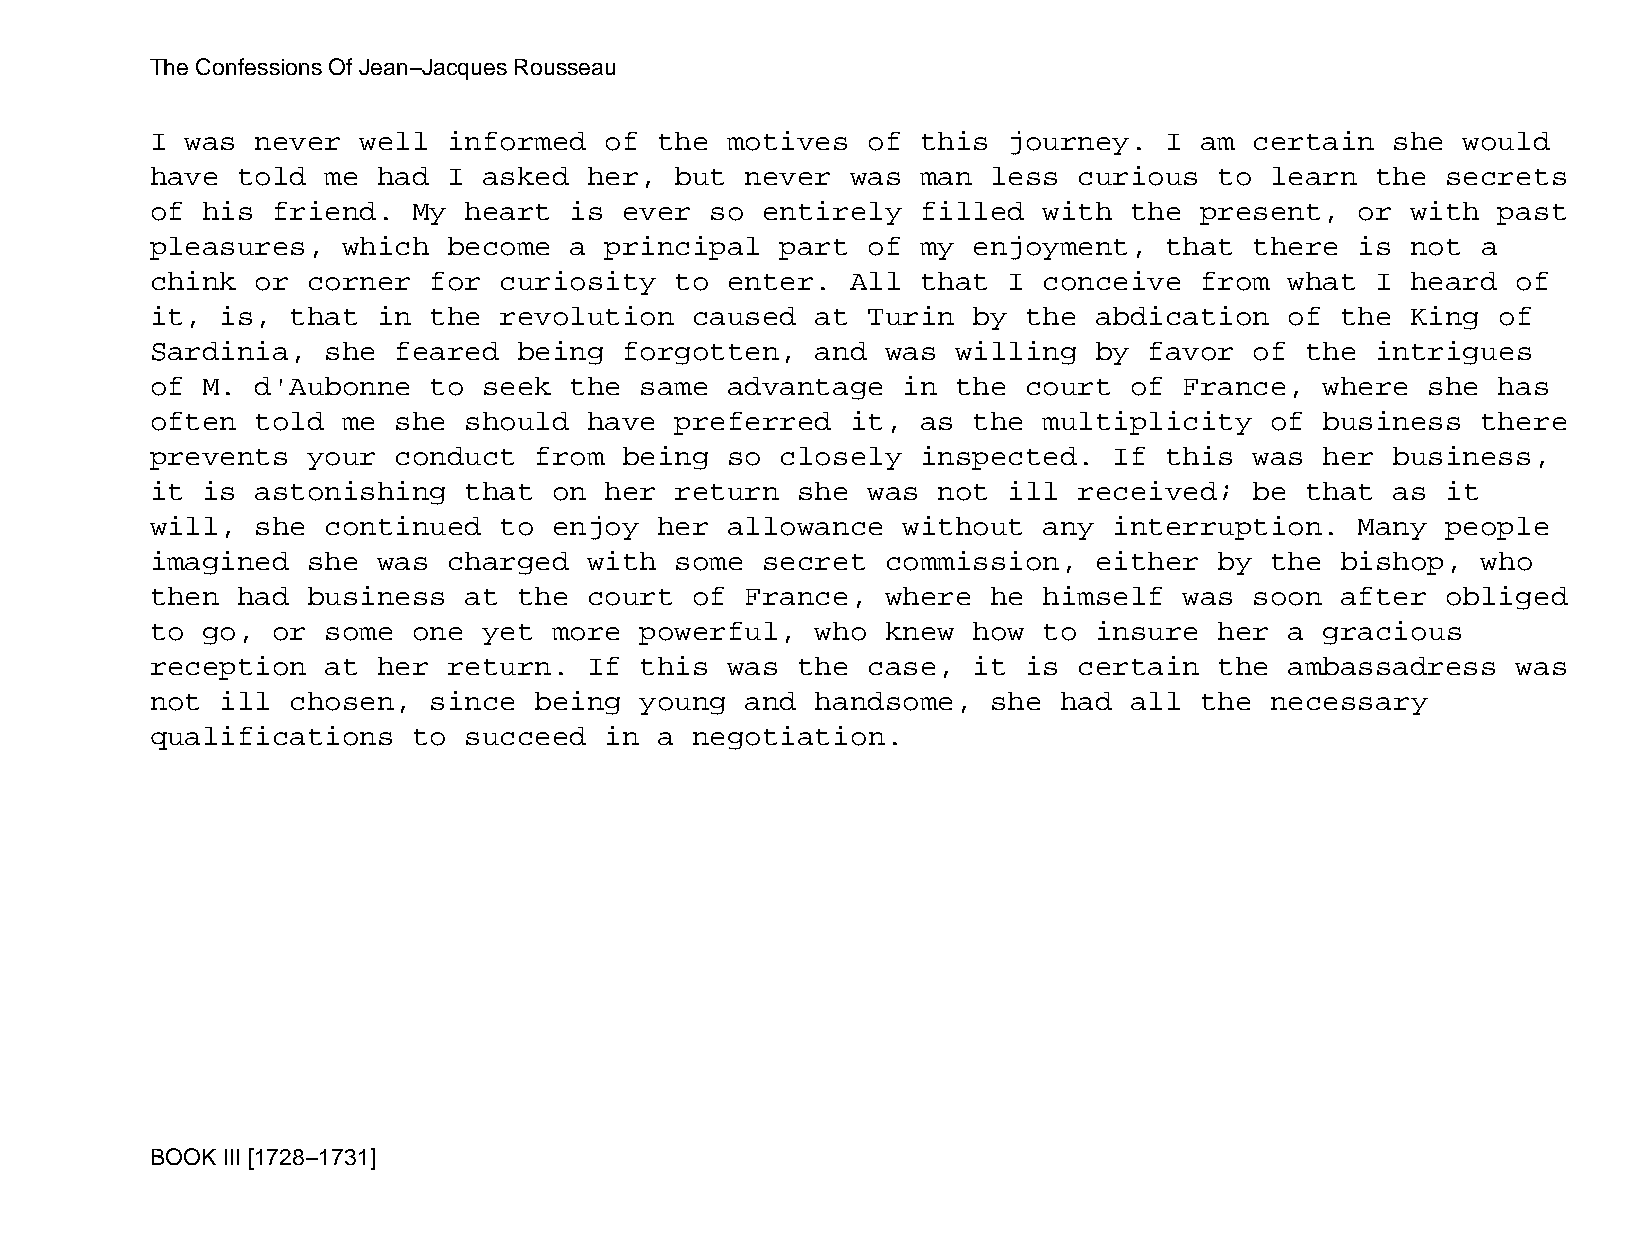
The Confessions Of Jean−Jacques Rousseau
 I was  never  well  informed  of  the motives  of  this  journey.  I am  certain  she  would
 have  told  me had  I asked  her,  but never  was  man  less curious   to learn  the  secrets
 of his  friend.  My  heart  is ever  so entirely   filled  with  the present,   or with  past
 pleasures,   which  become  a principal   part of  my enjoyment,   that  there  is not  a
 chink  or corner  for  curiosity   to enter.  All  that  I conceive  from  what  I heard  of
 it,  is, that  in the  revolution   caused  at Turin  by  the abdication   of  the King  of
 Sardinia,   she feared  being  forgotten,   and  was willing  by  favor  of the  intrigues
 of M.  d'Aubonne  to  seek  the same  advantage   in the  court  of France,   where  she has
 often  told  me she  should  have  preferred  it,  as the  multiplicity   of  business  there
 prevents  your  conduct  from  being  so  closely  inspected.   If this  was  her business,
 it is  astonishing   that  on her  return  she was  not  ill received;   be that  as  it
 will,  she  continued  to  enjoy  her allowance   without  any  interruption.   Many  people
 imagined  she  was  charged  with  some secret   commission,  either   by the  bishop,  who
 then  had business   at the  court  of France,   where  he himself  was  soon  after  obliged
 to go,  or  some one  yet  more powerful,   who  knew how  to insure   her a  gracious
 reception   at her  return.  If this  was  the case,  it  is certain   the ambassadress   was
 not  ill chosen,  since  being  young  and  handsome,   she had  all the  necessary
 qualifications   to  succeed  in  a negotiation.
 BOOK III [1728−1731]